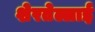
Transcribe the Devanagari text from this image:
शेरतेल्लाई